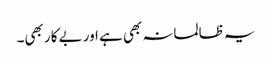
یہ ظالمانہ بھی ہے اور بے کار بھی۔